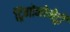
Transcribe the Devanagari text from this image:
ट्रिगोनोमेट्री